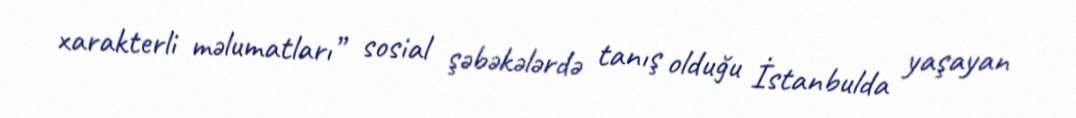
xarakterli məlumatları” sosial şəbəkələrdə tanış olduğu İstanbulda yaşayan